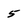
Character: 5